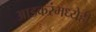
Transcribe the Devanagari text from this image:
आडकरंमध्येही